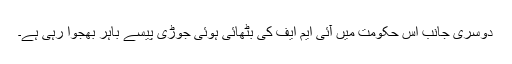
دوسری جانب اس حکومت میں آئی ایم ایف کی بٹھائی ہوئی جوڑی پیسے باہر بھجوا رہی ہے۔